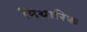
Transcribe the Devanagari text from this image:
मिथारिक